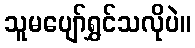
သူမပျော်ရွှင်သလိုပဲ။